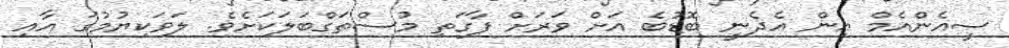
ސީއެންއެމް އިން އެދެނީ ބޮޑުބެ އަށް ވަރަށް ފާގަތި މުސްތަގްބަލަކަށެވެ. ލަވަކިޔުމުގަ އާއި